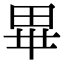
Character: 𭺾